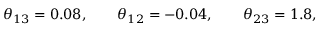
\theta _ { 1 3 } = 0 . 0 8 , \qquad \theta _ { 1 2 } = - 0 . 0 4 , \qquad \theta _ { 2 3 } = 1 . 8 ,